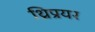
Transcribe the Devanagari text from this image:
थ्रिप्रयर